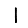
Digit: 1